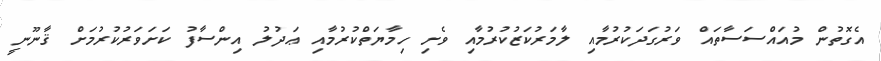
އެގޮތުން މުއައްސަސާތައް ވަރުގަދަކުރުމާއި ލާމަރުކަޒުކުރުމާއި ވެށި ހިމާޔަތްކުރުމާއި ޢަދުލު އިންސާފު ކަށަވަރުކުރުމަށް ޤާނޫނީ